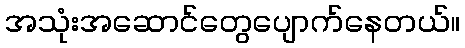
အသုံးအဆောင်တွေပျောက်နေတယ်။